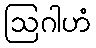
ဩဂါဟံ